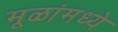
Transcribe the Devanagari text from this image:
मूळांमध्ये